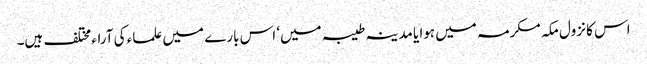
اس کا نزول مکہ مکرمہ میں ہوا یا مدینہ طیبہ میں‘ اس بارے میں علماء کی آراء مختلف ہیں۔